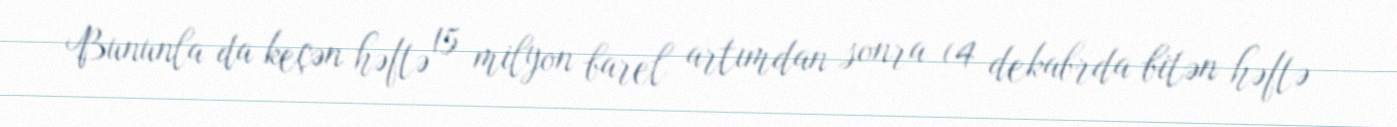
Bununla da keçən həftə 15 milyon barel artımdan sonra (4 dekabrda bitən həftə